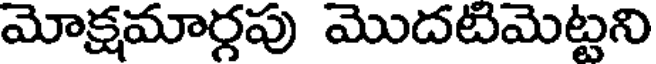
మోక్షమార్గపు మొదటిమెట్టని